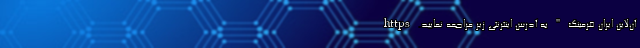
آن‌لاینِ ایران فرمینگ " به آدرس اینترنتی زیر مراجعه نمایید. https